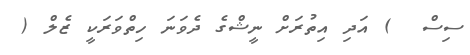
ސިސް  ) އަދި އިތުރަށް ނީޝްގެ ދެވަަނަ ހިތްވަރަކީ ޒެލް (